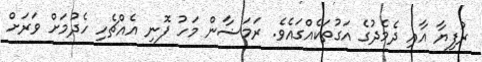
ރުފިޔާ އާއި ދެމެދުގެ އަގުތަކެއްގައެވެ. ރަމަޟާން މަހު ފޮނި އެއްޗެހި ހެދުމަށް ވަރަށް